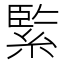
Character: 𦂳